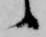
候